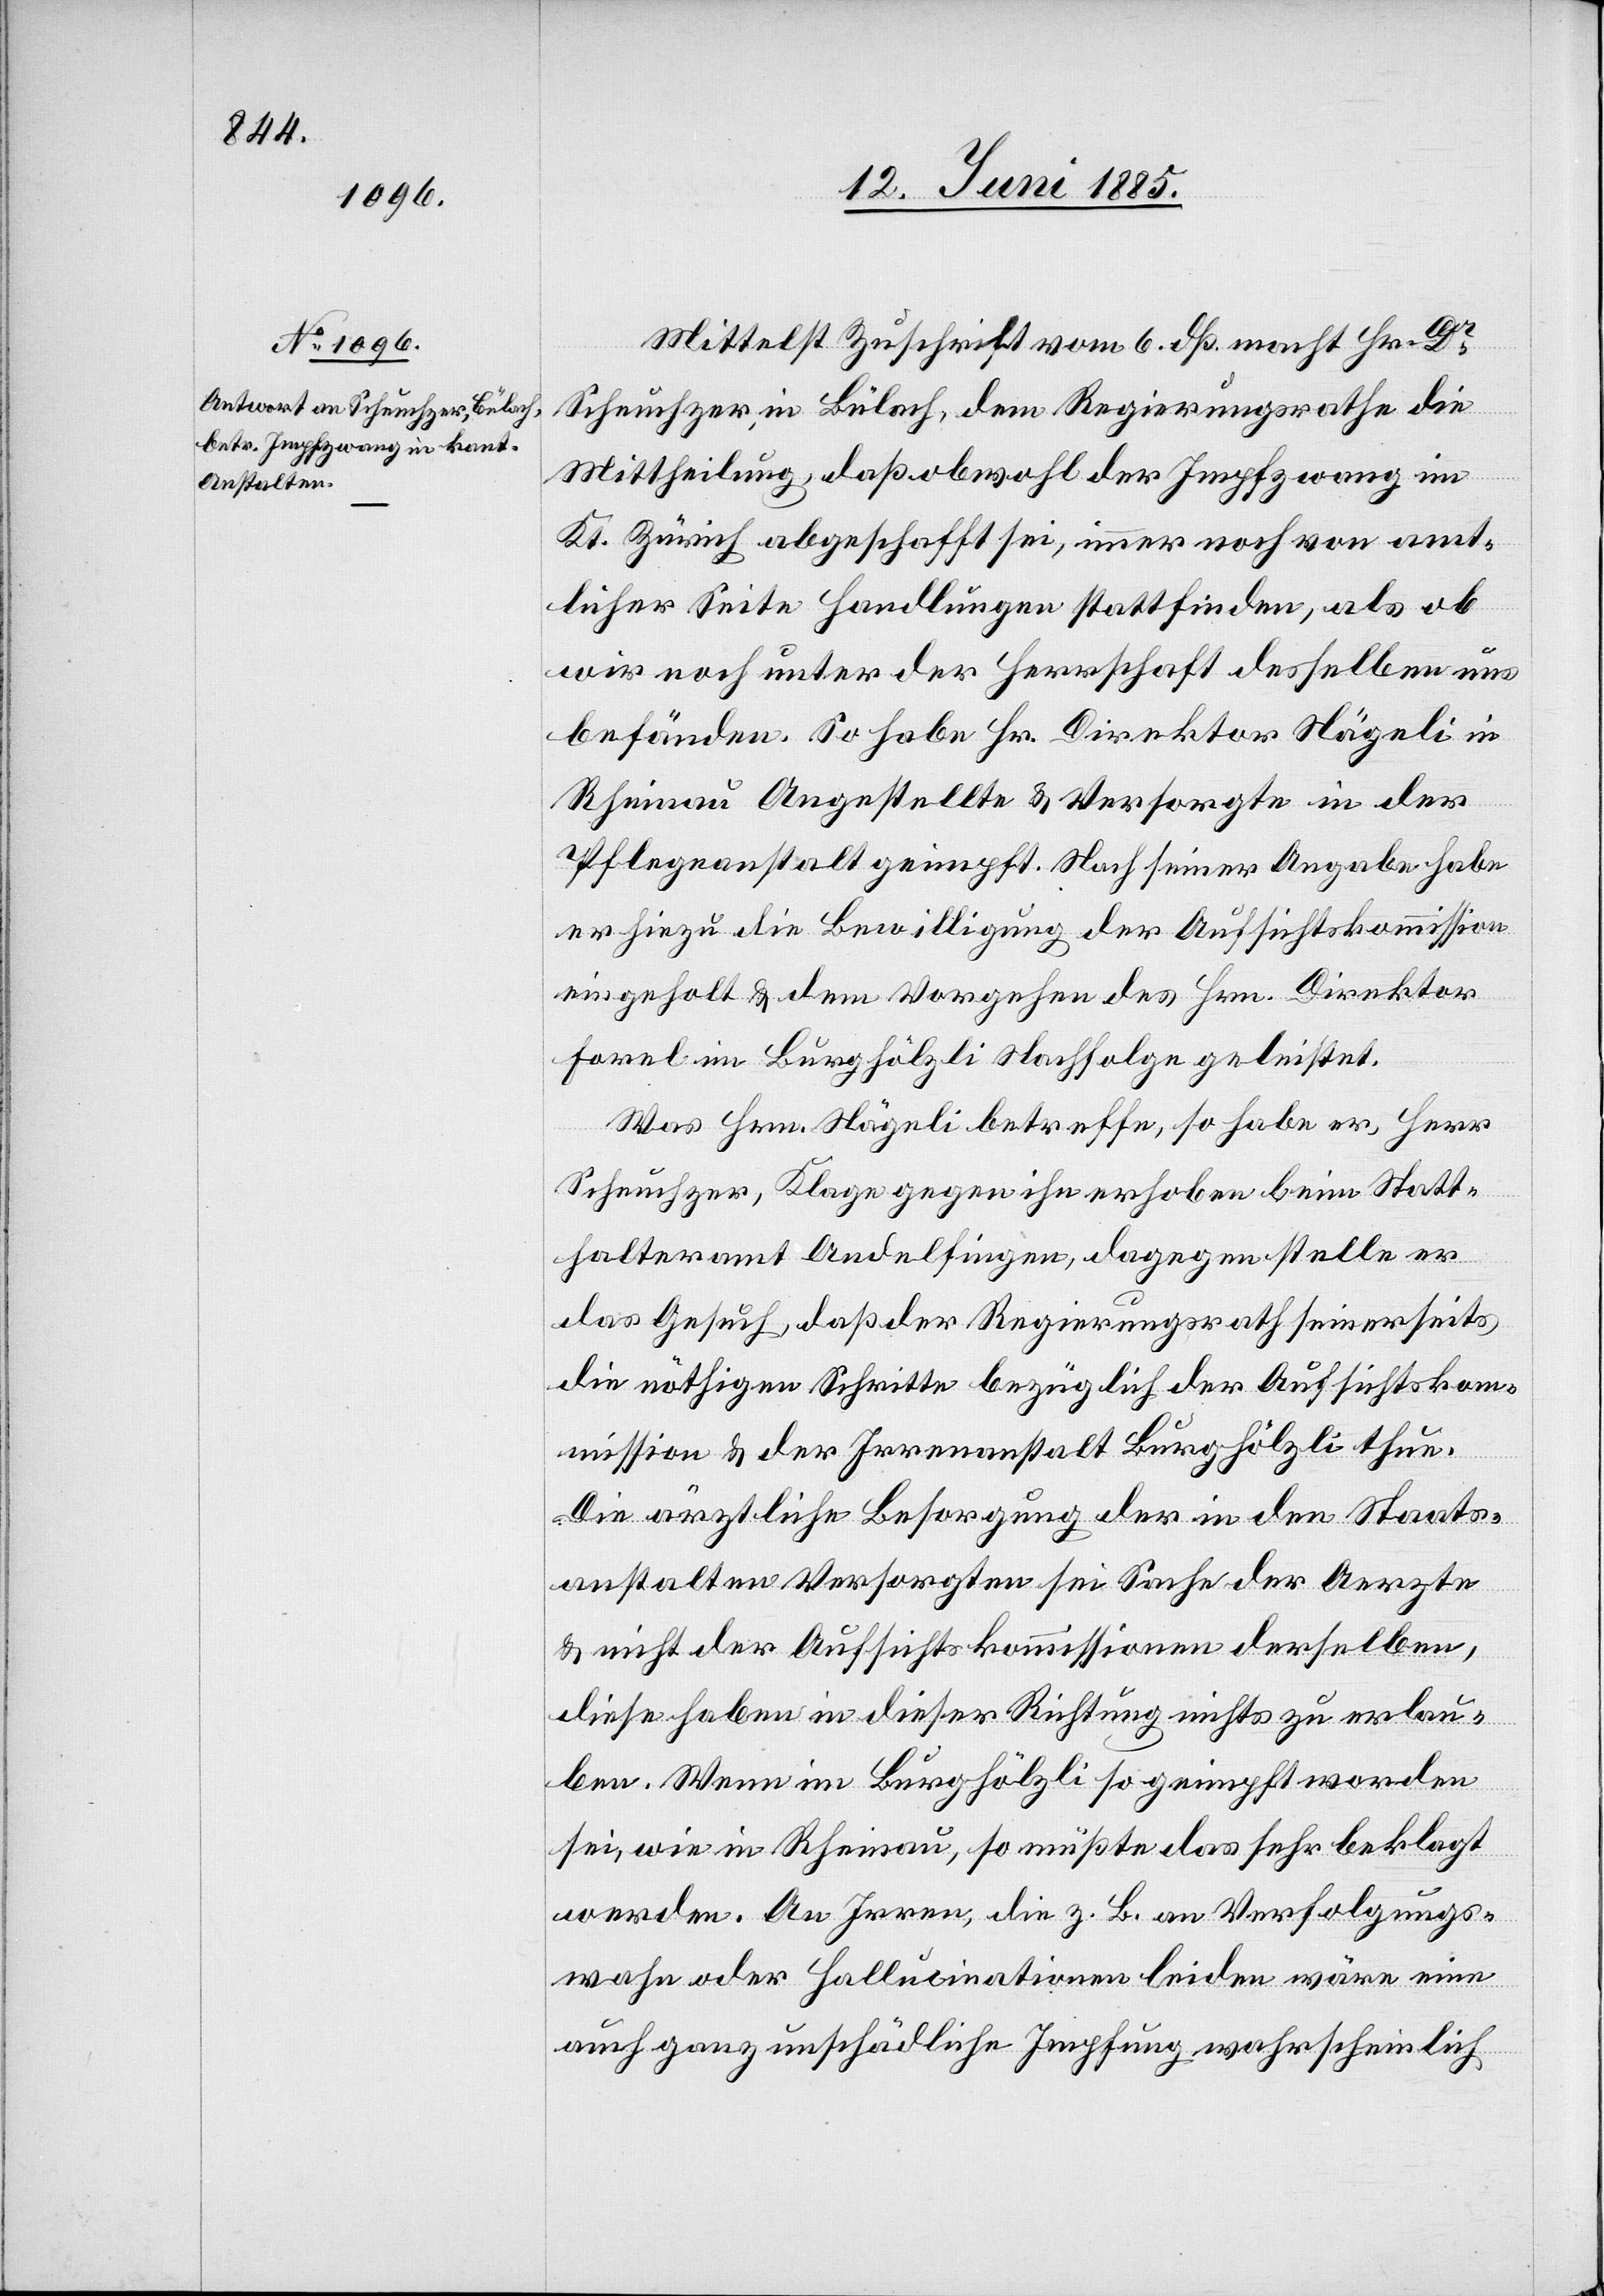
Mittelst Zuschrift vom 6. dß. macht Hr. Dr
Scheuchzer, in Bülach, dem Regierungsrathe die
Mittheilung, daß obwohl der Impfzwang im
Kt. Zürich abgeschafft sei, immer noch von amt¬
licher Seite Handlungen stattfinden als ob
wir noch unter der Herrschaft desselben uns
befänden. So habe Hr. Direktor Nägeli in
Rheinau Angestellte & Versorgte in der
Pflegeanstalt geimpft. Nach seiner Angabe habe
er hiezu die Bewilligung der Aufsichtskommission
eingeholt & dem Vorgehen des Hrn. Direktor
Forel im Burghölzli Nachfolge geleistet.
Was Hrn. Nägeli betreffe, so habe er, Herr
Scheuchzer Klage gegen ihn erhoben beim Statt¬
halteramt Andelfingen, dagegen stelle er
das Gesuch, daß der Regierungsrath seinerseits
die nöthigen Schritte bezüglich der Aufsichtskom¬
mission & der Irrenanstalt Burghölzli thue.
Die ärztliche Besorgung der in den Staats¬
anstalten Versorgten sei Sache der Aerzte
& nicht der Aufsichtskommissionen derselben,
diese haben in dieser Richtung nichts zu erlau¬
ben. Wenn im Burghölzli so geimpft worden
sei, wie in Rheinau, so müßte das sehr beklagt
werden. An Irren, die z. B. an Verfolgungs¬
wahn oder Halluzinationen leiden wäre eine
auch ganz unschädliche Impfung wahrscheinlich